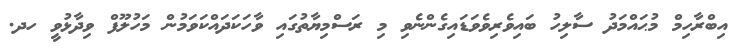
އިބްރާހިމް މުޙައްމަދު ސާލިހު ބައިވެރިވެވަޑަައިގެންނެވި މި ރަސްމިޔާތުގައި ވާހަކަދައްކަވަމުން މަހުލޫފް ވިދާޅުވީ ހދ.